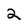
Character: 2